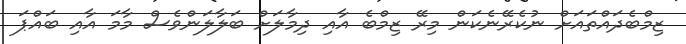
ޒިމްބެދައްތައަށް ނުކެރޭނެކަން މިރޭ ޒިމްބެ އާއި ދިމާލަށް ބަލާލަންވެސް މާމަ އާއި ބައްޕަ